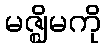
မဇ္ဈိမကို